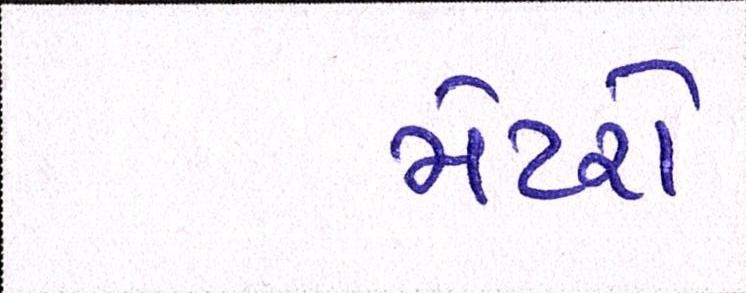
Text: મેટરો